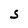
Character: S